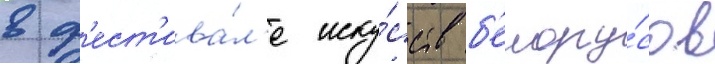
в ф'ест'ива́л'е иску́сств б'елору́сов